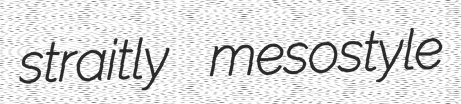
straitly mesostyle